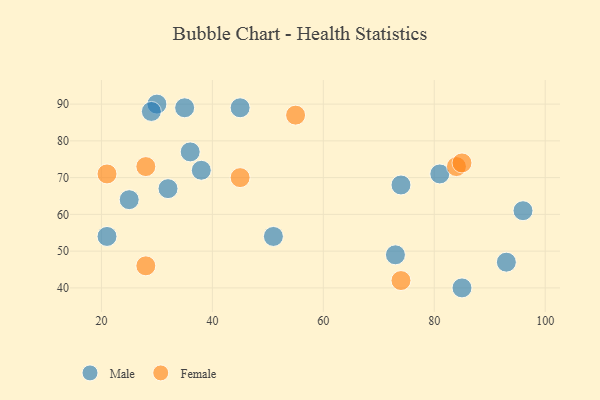
{"axis": {"x": "GDP", "y": "Life Expectancy"}, "legend": ["Female", "Male"], "data": [{"x": "30", "y": 90, "type": "Male"}, {"x": "96", "y": 61, "type": "Male"}, {"x": "51", "y": 54, "type": "Male"}, {"x": "81", "y": 71, "type": "Male"}, {"x": "93", "y": 47, "type": "Male"}, {"x": "32", "y": 67, "type": "Male"}, {"x": "29", "y": 88, "type": "Male"}, {"x": "36", "y": 77, "type": "Male"}, {"x": "38", "y": 72, "type": "Male"}, {"x": "35", "y": 89, "type": "Male"}, {"x": "21", "y": 54, "type": "Male"}, {"x": "85", "y": 40, "type": "Male"}, {"x": "73", "y": 49, "type": "Male"}, {"x": "25", "y": 64, "type": "Male"}, {"x": "45", "y": 89, "type": "Male"}, {"x": "74", "y": 68, "type": "Male"}, {"x": "45", "y": 70, "type": "Female"}, {"x": "28", "y": 73, "type": "Female"}, {"x": "84", "y": 73, "type": "Female"}, {"x": "85", "y": 74, "type": "Female"}, {"x": "28", "y": 46, "type": "Female"}, {"x": "21", "y": 71, "type": "Female"}, {"x": "74", "y": 42, "type": "Female"}, {"x": "55", "y": 87, "type": "Female"}]}